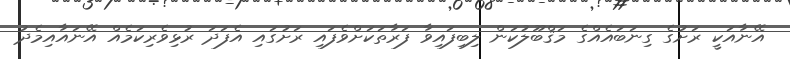
އޭނާއަކީ ރަށުގެ ގިނަބައެއްގެ މަޤްބޫލުކަން ލިބިފައިވާ ފަރާތަކަށްވެފައި ރަށުގައި އެފަދަ ރުޅިވެރިކަމެއް އޭނައާއިމެދު